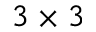
3 \times 3